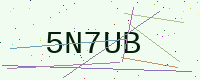
Text: 5N7UB